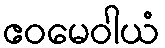
ဧဝမေဝါယံ